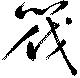
筏